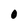
Character: O